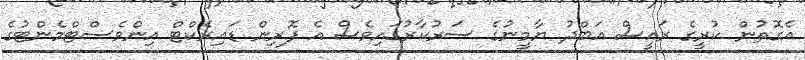
އެގޮތުން ކުރީގެ ރައީސް އަބްދު ޔާމީނުގެ ސަރުކާރުގައިވެސް އެ ފޮރިން ޑައިރެކްޓް އިންވެސްޓްމެންޓުގެ